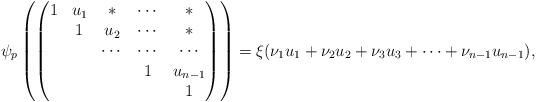
LaTeX: \begin{align*} \psi_p\left(\begin{pmatrix} 1&u_1&*&\cdots&*\\ &1&u_2&\cdots&*\\ &&\cdots&\cdots&\cdots \\ &&&1&u_{n-1}\\ &&&&1\end{pmatrix}\right) = \xi( \nu_1 u_1+ \nu_2 u_2+ \nu_3 u_3+\cdots+ \nu_{n-1} u_{n-1}),\end{align*}